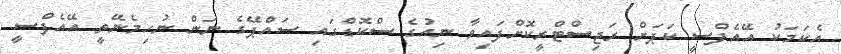
އެކަމަކު އޭއެފްސީ ކަޕަށް ރަޖިސްޓްރީކޮށްފައިވާ ނިއުގެ ސްކޮޑްގައި ސައްޕޭގެ ނަން ނުހިމެނޭތީ އޭއެފްސީ